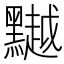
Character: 𪒥